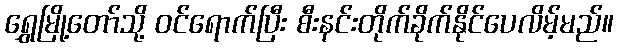
ရွှေမြို့တော်သို့ ဝင်ရောက်ပြီး စီးနင်းတိုက်ခိုက်နိုင်ပေလိမ့်မည်။